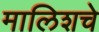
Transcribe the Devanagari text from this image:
मालिशचे